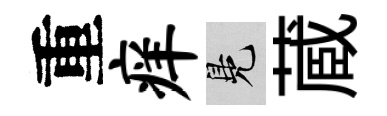
重痒鳬蔵